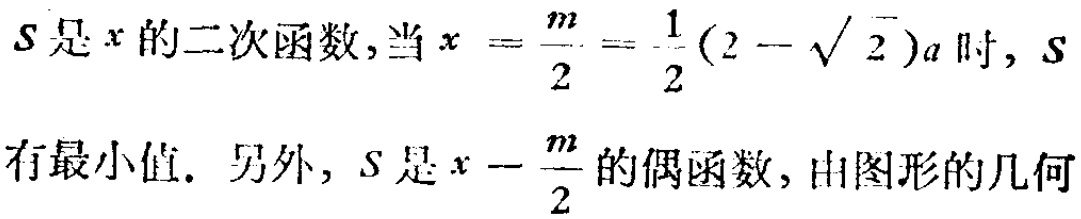
\(S是x的二次函数,当x = \frac{m}{2}= \frac{1}{2}(2 - \sqrt{2})a时, S\)
\(有最小值. 另外, S是x - \frac{m}{2}的偶函数, 由图形的几何\)